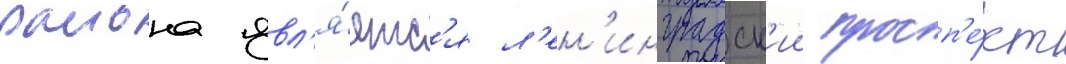
раиона явл'я́етс'я л'ен'инградск'ии просп'е́кт